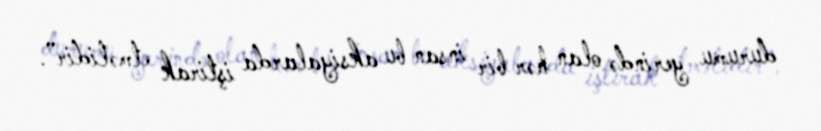
durumu yerində olan hər bir insan bu aksiyalarda iştirak etməlidir”.